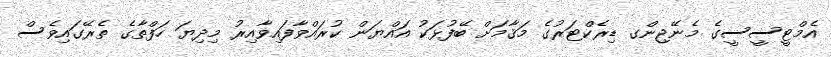
އެމްޓީސީސީގެ މެނޭޖިންގ ޑިރެކްޓަރުގެ މަޤާމަށް ބޭފުޅަކު އައްޔަން ކުރައްވާފައިވާއިރު މިދިޔަ ހަފްތާގެ ތެރޭގައިވެސް